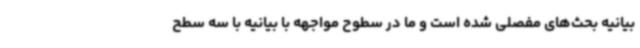
بیانیه بحث‌های مفصلی شده است و ما در سطوح مواجهه با بیانیه با سه سطح